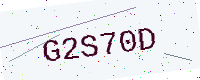
Text: G2S70D